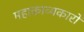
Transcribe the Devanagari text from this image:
महाकाव्यकारों